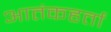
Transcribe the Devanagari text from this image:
आतंकहर्ता